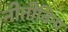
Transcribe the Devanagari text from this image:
नीतीविना